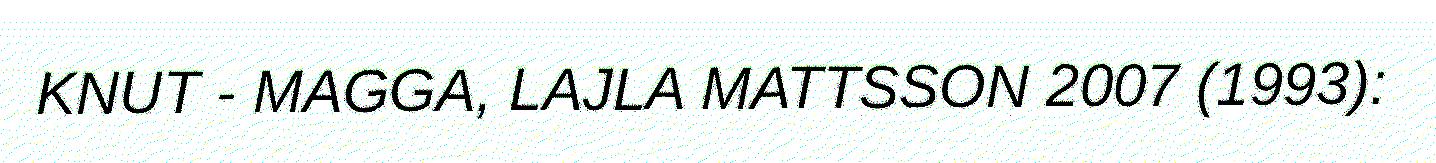
KNUT - MAGGA, LAJLA MATTSSON 2007 (1993):